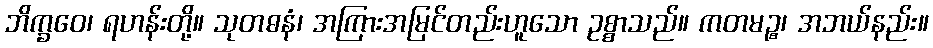
ဘိက္ခဝေ၊ ရဟန်းတို့။ သုတဓနံ၊ အကြားအမြင်တည်းဟူသော ဥစ္စာသည်။ ကတမဉ္စ၊ အဘယ်နည်း။